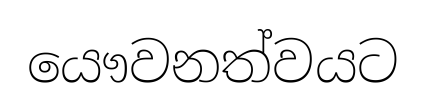
යෞවනත්වයට